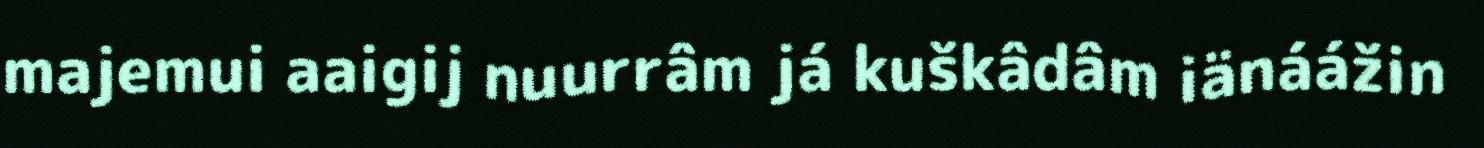
majemui aaigij nuurrâm já kuškâdâm iänáážin